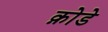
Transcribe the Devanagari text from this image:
क़ोडे